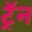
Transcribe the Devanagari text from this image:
ट्रॅन